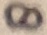
Text: 8